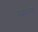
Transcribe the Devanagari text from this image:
वळलेल्या